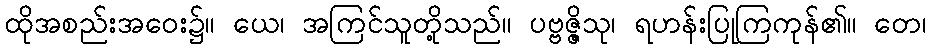
ထိုအစည်းအဝေး၌။ ယေ၊ အကြင်သူတို့သည်။ ပဗ္ဗဇ္ဇိသု၊ ရဟန်းပြုကြကုန်၏။ တေ၊